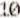
10